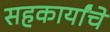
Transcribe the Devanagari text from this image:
सहकार्यांचे